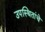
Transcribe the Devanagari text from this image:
उपस्थितांचे